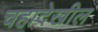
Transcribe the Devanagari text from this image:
चहादेखील